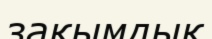
зақымдық